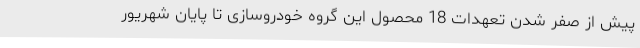
پیش از صفر شدن تعهدات 18 محصول این گروه خودروسازی تا پایان شهریور